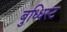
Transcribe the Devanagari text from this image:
बुध्धिस्ट